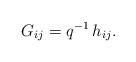
LaTeX: \begin{align*} G_{ij}=q^{-1}\,h_{ij}. \end{align*}